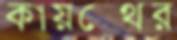
কায়স্থের